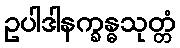
ဥပါဒါနက္ခန္ဓသုတ္တံ